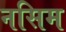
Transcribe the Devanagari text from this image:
नसिम